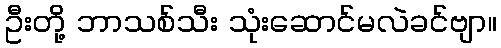
ဦးတို့ ဘာသစ်သီး သုံးဆောင်မလဲခင်ဗျာ။